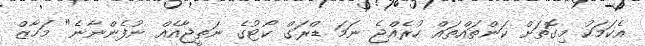
އެކަމަކު މިގޮތަށް ކަންތައްތައް ހުރެއްޖެ ނަމަ ޑްރަގް ކޯޓުގެ ނަތީޖާއެއް ނުފެންނާނެ" މަހާޒް